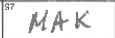
Transcription: MAK